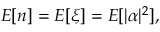
E [ n ] = E [ \xi ] = E [ | \alpha | ^ { 2 } ] ,